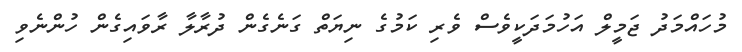
މުހައްމަދު ޖަމީލް އަހުމަދަކީވެސް ވެރި ކަމުގެ ނިޔަތް ގަނެގެން ދުރާލާ ރާވައިގެން ހުންނެވި